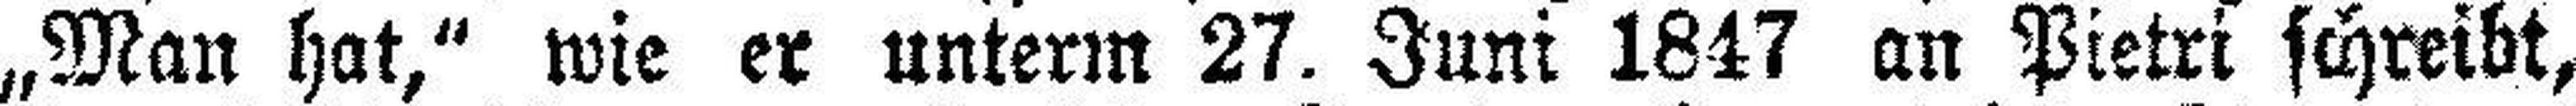
„Man hat,“ wie er unterm 27. Juni 1847 an Pietri schreibt,